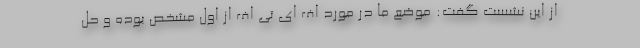
از این نشست گفت: موضع ما در مورد اف ای تی اف از اول مشخص بوده و حل